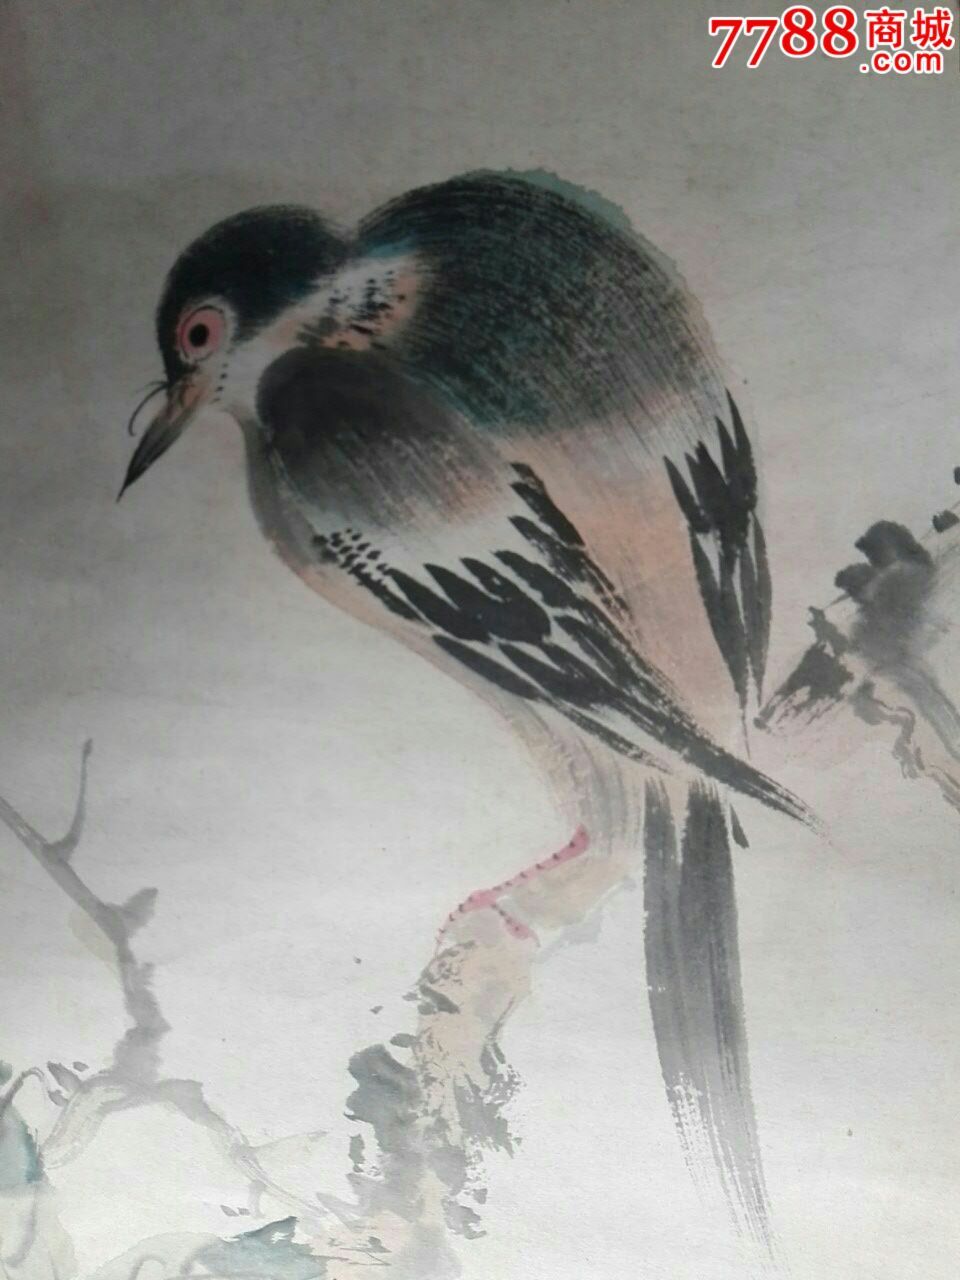
力胜贫，谨胜祸，慎胜害，戒胜灾。